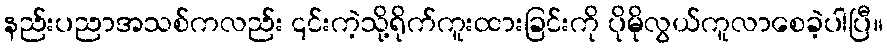
နည်းပညာအသစ်ကလည်း ၎င်းကဲ့သို့ရိုက်ကူးထားခြင်းကို ပိုမိုလွယ်ကူလာစေခဲ့ပါပြီ။